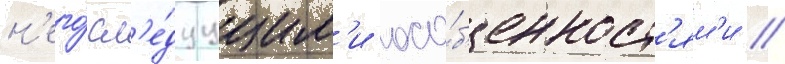
н'его́ сл'е́дуущим'и осо́б'енност'ям'и //